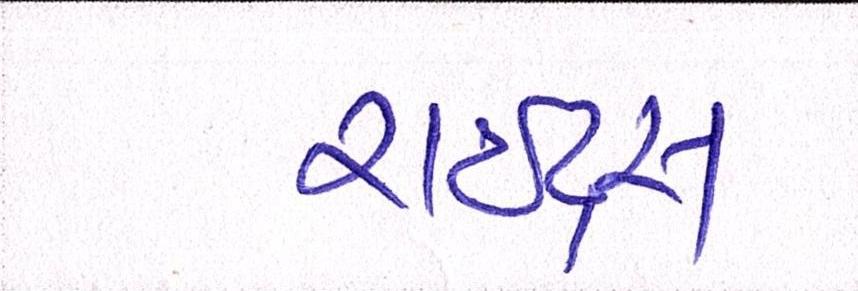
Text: રાઇટ્સ